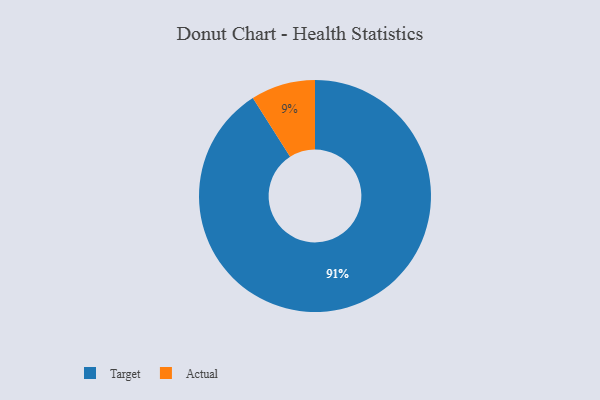
{"axis": {"x": "Category", "y": "Percentage"}, "legend": ["Actual", "Target"], "data": [{"x": "Actual", "y": 9, "type": "Actual"}, {"x": "Target", "y": 91, "type": "Target"}]}